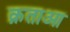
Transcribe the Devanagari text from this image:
क़ताआ